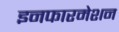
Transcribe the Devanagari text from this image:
इनफारमेशन